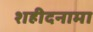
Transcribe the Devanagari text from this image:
शहीदनामा